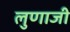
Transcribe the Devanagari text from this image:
लुणाजी